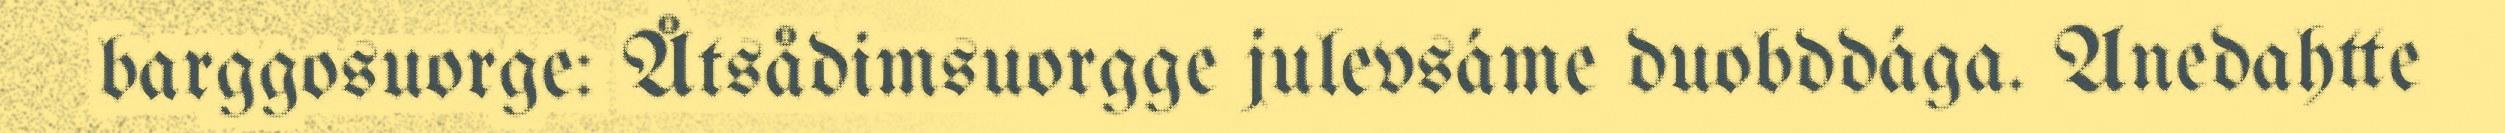
barggosuorge: Åtsådimsuorgge julevsáme duobddága. Anedahtte